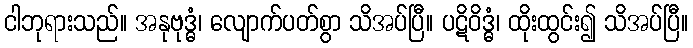
ငါဘုရားသည်။ အနုဗုဒ္ဓံ၊ လျောက်ပတ်စွာ သိအပ်ပြီ။ ပဋိဝိဒ္ဓံ၊ ထိုးထွင်း၍ သိအပ်ပြီ။